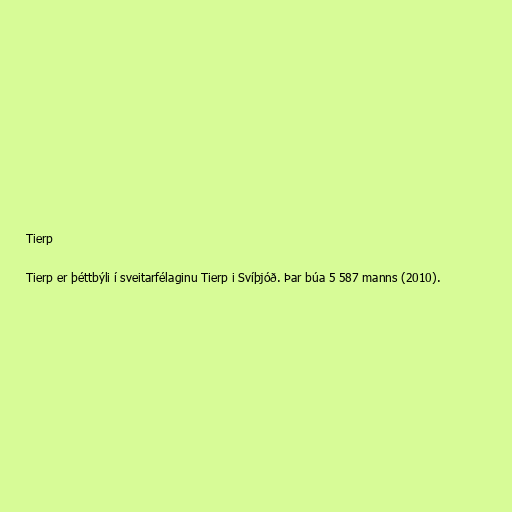
Tierp

Tierp er þéttbýli í sveitarfélaginu Tierp i Svíþjóð. Þar búa 5 587 manns (2010).